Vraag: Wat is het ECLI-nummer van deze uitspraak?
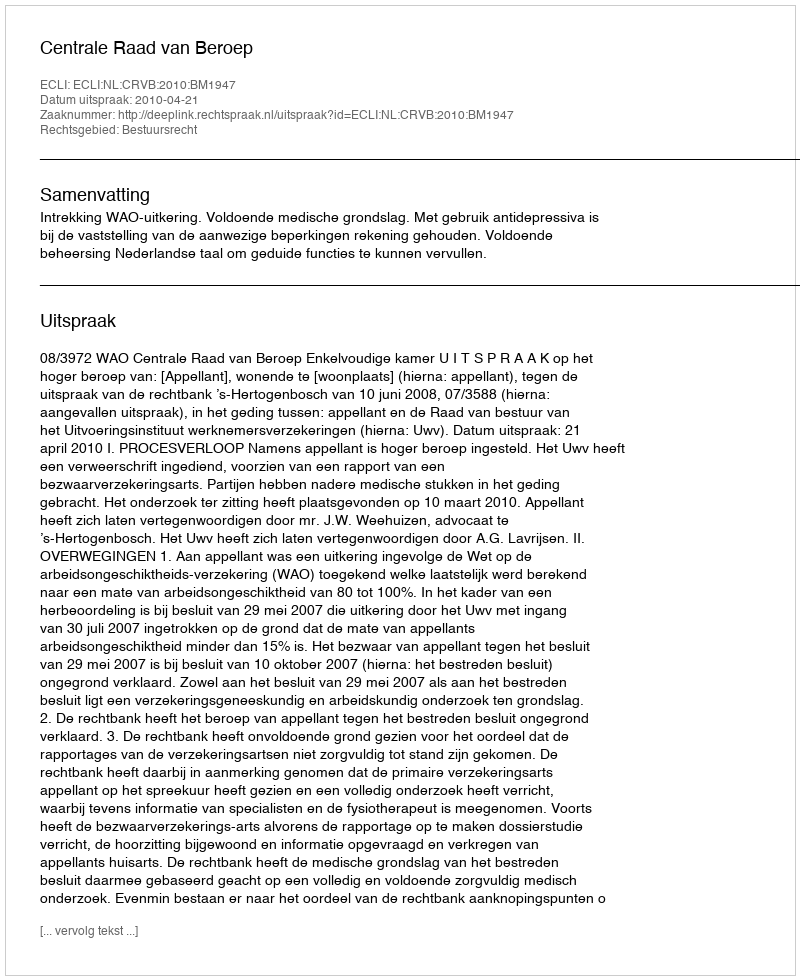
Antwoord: ECLI:NL:CRVB:2010:BM1947